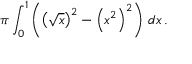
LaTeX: \pi \int _ { 0 } ^ { 1 } \left( \left( { \sqrt { x } } \right) ^ { 2 } - \left( x ^ { 2 } \right) ^ { 2 } \right) \, d x \, .